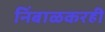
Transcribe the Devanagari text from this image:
निंबाळकरही